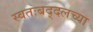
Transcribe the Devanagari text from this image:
स्वतःबद्दलच्या